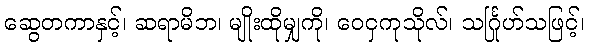
ဆွေတကာနှင့်၊ ဆရာမိဘ၊ မျိုးထိုမျှကို၊ ဝေငှကုသိုလ်၊ သင်္ဂြုဟ်သဖြင့်၊